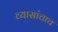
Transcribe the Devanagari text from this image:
व्यासांचाच